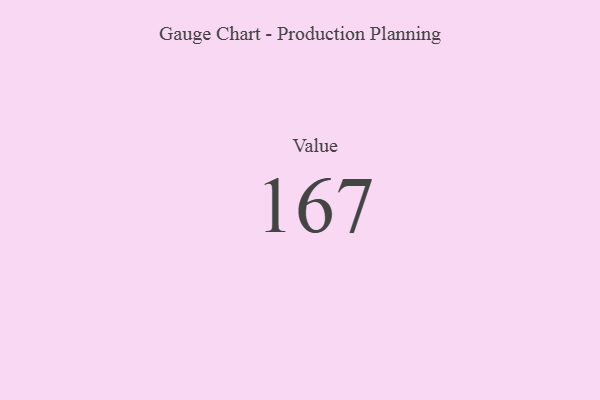
{"axis": {"x": "Metric", "y": "Value"}, "legend": [""], "data": [{"x": "Value", "y": 167, "type": ""}]}